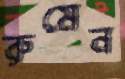
রুমেন